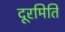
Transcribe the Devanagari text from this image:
दूरमिति